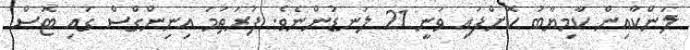
ލަންކާއިން ކާމިޔާބު ކޮށްފައި ވަނީ 21 ލަނޑުންނެވެ. ފުރަތަމަ އިނިންގްސް ގައި ޓޮސް